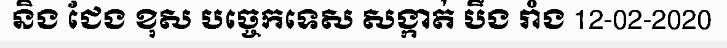
និង ជែង ខុស បច្ចេកទេស សង្កាត់ បឹង រាំង 12-02-2020